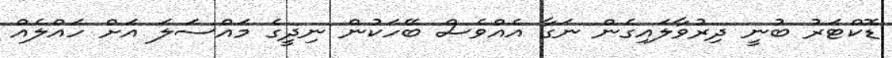
ޑޮކްޓަރު ބުނީ ދިރުވާލައިގެން ނަގާ އެއްވެސް ބޭހަކުން ނިދީގެ މައްސަލަ އަށް ހައްލެއް